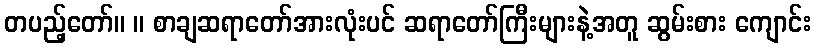
တပည့်တော်။ ။ စာချဆရာတော်အားလုံးပင် ဆရာတော်ကြီးများနဲ့အတူ ဆွမ်းစား ကျောင်း